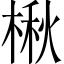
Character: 楸